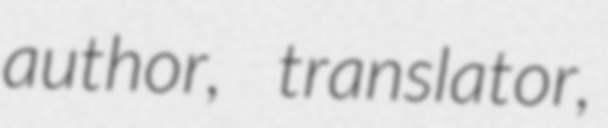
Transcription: author, translator,